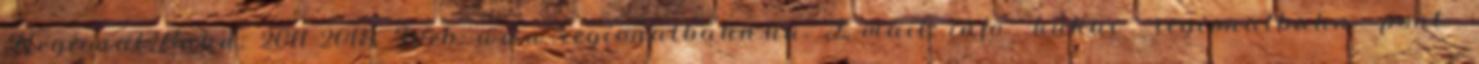
RegionalBahn, 2011–2018. Web: www.regionalbahn.hu. E-mail: info kukac regionalbahn pont